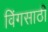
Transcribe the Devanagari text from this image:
विंगसाठी